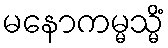
မနောကမ္မသ္မိံ